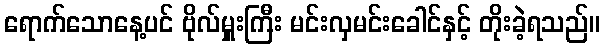
ရောက်သောနေ့ပင် ဗိုလ်မှူးကြီး မင်းလှမင်းခေါင်နှင့် တိုးခဲ့ရသည်။